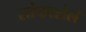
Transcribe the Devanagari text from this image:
सोपवलेले